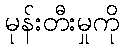
မုန်းတီးမှုကို